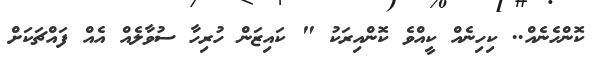
ކޮންހެނެއް.. ކިހިނެއް ކީއްވެ ކޮންއިރަކު " ކައިޒަން ހުރިހާ ސުވާލެއް އެއް ފައްޗަކަށް